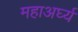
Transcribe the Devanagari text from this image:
महाअर्घ्य